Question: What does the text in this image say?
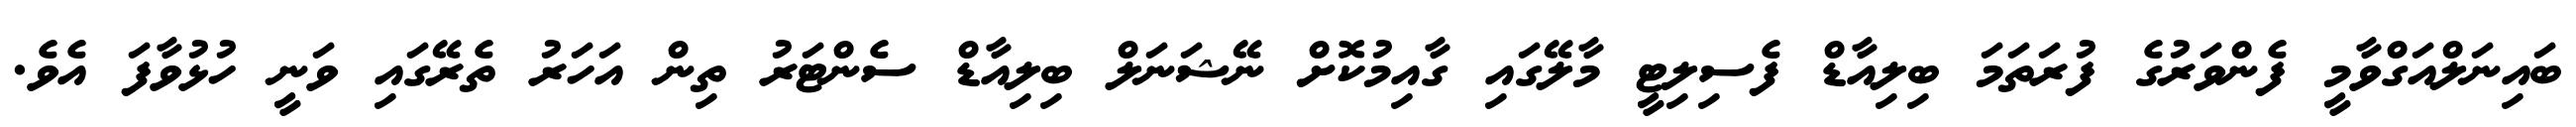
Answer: ބައިނަލްއަގްވާމީ ފެންވަރުގެ ފުރަތަމަ ބިލިއާޑް ފެސިލިޓީ މާލޭގައި ގާއިމުކޮށް ނޭޝަނަލް ބިލިއާޑް ސެންޓަރު ތިން އަހަރު ތެރޭގައި ވަނީ ހުޅުވާފަ އެވެ.